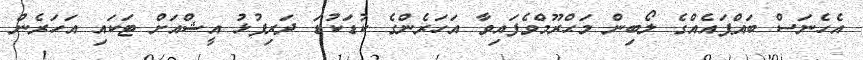
އެހެނަސް ބައްޕައެއްގެ ލޯބިން މަޙްރޫމްވެފައިވާ އަހަރެންގެ ކުޑަކުޑަ ދަރިފުޅު އީޝްއަށް ޓަކައި އަހަރެން